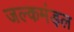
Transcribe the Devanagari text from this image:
जल्कमंड़ल